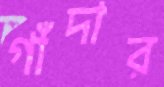
গাঁদার